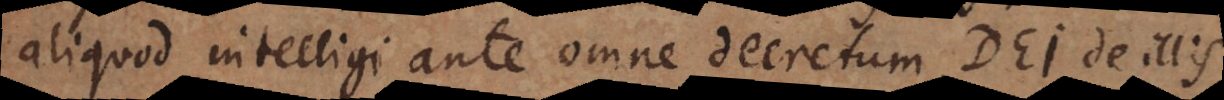
aliquod intelligi ante omne decretum Dei de illis.